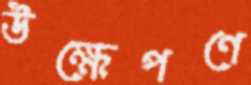
উক্ষেপণে